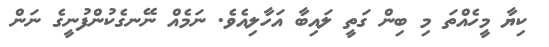
ކިޔާ މީހެއްތަ މި ބިން ގަތީ ލައިބާ އަހާލިއެވެ. ނަމެއް ނޭނގެކުންފުނީގެ ނަން